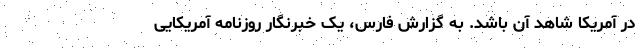
در آمریکا شاهد آن باشد. به گزارش فارس، یک خبرنگار روزنامه آمریکایی